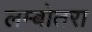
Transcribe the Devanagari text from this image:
लम्बोतरा